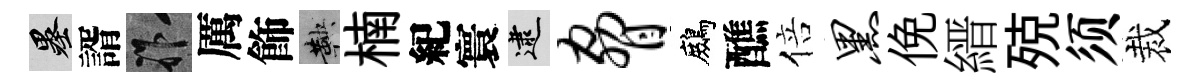
墨諝祚厲飾鞅楠紀寰逮胁鷓醮倍黑俛縉殑须裁